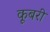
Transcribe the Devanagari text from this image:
कूबरी